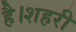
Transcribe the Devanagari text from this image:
है।शहरी